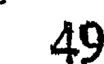
49